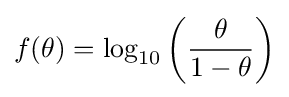
f(\theta )=\log _{10}\left({\frac {\theta }{1-\theta }}\right)